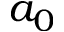
a _ { 0 }